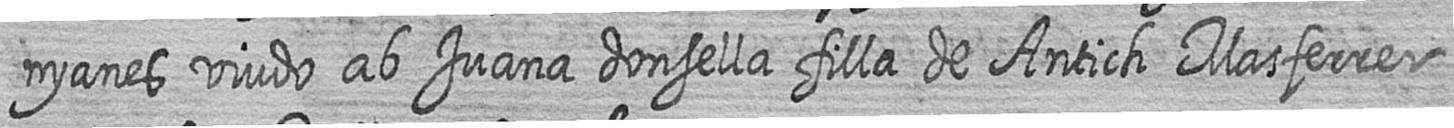
nyanes viudo ab Juana donsella filla de Antich Masferrer